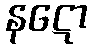
နဋော